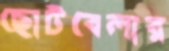
ছোটবেলার